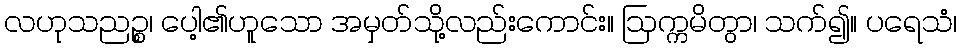
လဟုသညဉ္စ၊ ပေါ့၏ဟူသော အမှတ်သို့လည်းကောင်း။ ဩက္ကမိတွာ၊ သက်၍။ ပရေသံ၊